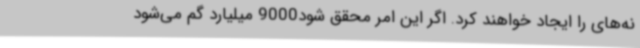
نه‌های را ایجاد خواهند کرد. اگر این امر محقق شود9000 میلیارد گم می‌شود